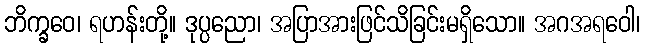
ဘိက္ခဝေ၊ ရဟန်းတို့။ ဒုပ္ပညော၊ အပြာအားဖြင်သိခြင်းမရှိသော။ အဂအရဝေါ၊